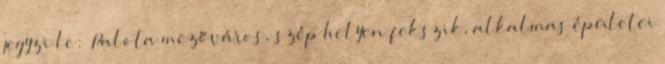
jegyzi le: „Palota mezőváros, szép helyen fekszik, alkalmas épületei